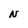
Character: N